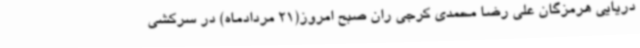
دریایی هرمزگان علی رضا محمدی کرجی ران صبح امروز(21 مردادماه) در سرکشی